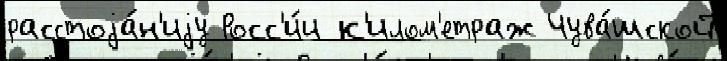
расстоjа́н'иjу Росс'и́и к'илом'етраж Чува́шской